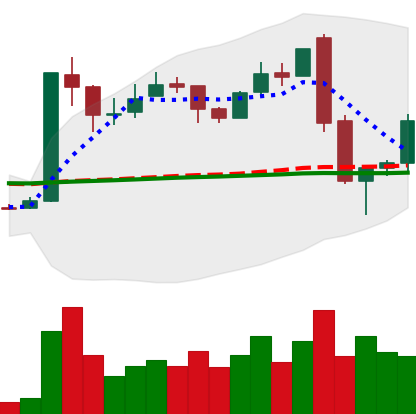
Ticker: LTC-USD
Chart end date: 2017-01-09
Forward return: -9.331%
Label: down_7plus